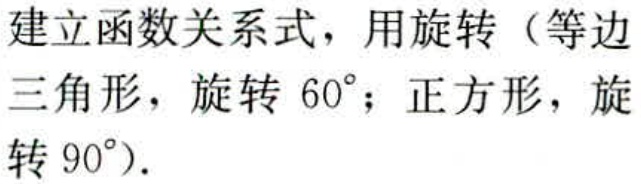
建立函数关系式，用旋转（等边三角形，旋转 \(60^{\circ}\)；正方形，旋转 \(90^{\circ}\)）.